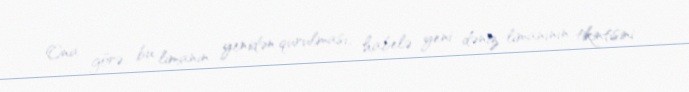
Ona görə, bu limanın yenidən qurulması, habelə yeni dəniz limanının tikintisini